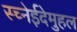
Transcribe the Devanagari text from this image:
स्च्नेईदेमुहल